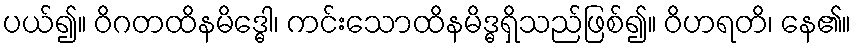
ပယ်၍။ ဝိဂတထိနမိဒ္ဓေါ၊ ကင်းသောထိနမိဒ္ဓရှိသည်ဖြစ်၍။ ဝိဟရတိ၊ နေ၏။